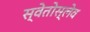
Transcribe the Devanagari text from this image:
स्वेतोस्लेव